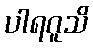
ပါရဂူသိ